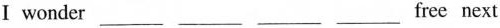
Ⅰ wonder ___free next